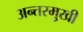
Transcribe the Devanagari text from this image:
अन्तरमुखी